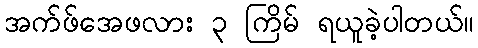
အက်ဖ်အေဖလား ၃ ကြိမ် ရယူခဲ့ပါတယ်။